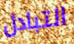
التبادل